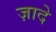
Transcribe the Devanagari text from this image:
ज़ादे